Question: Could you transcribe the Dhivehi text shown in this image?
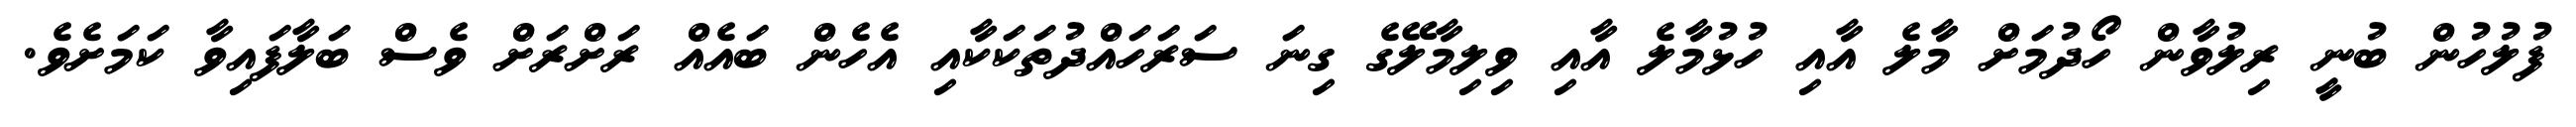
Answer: ފުލުހުން ބުނީ ރިލުވާން ހޯދުމަށް މާލެ އާއި ހުޅުމާލެ އާއި ވިލިމާލޭގެ ގިނަ ސަރަހައްދުތަކަކާއި އެހެން ބައެއް ރަށްރަށް ވެސް ބަލާފައިވާ ކަމަށެވެ.